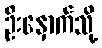
ဦးနှောက်သို့